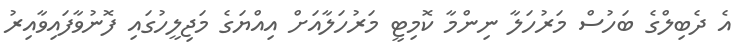
އެ ދެބިލްގެ ބަހުސް މަރުހަލާ ނިންމާ ކޮމިޓީ މަރުހަލާއަށް އިއްޔަގެ މަޖިލީހުގައި ފޮނުވާފައިވާއިރު